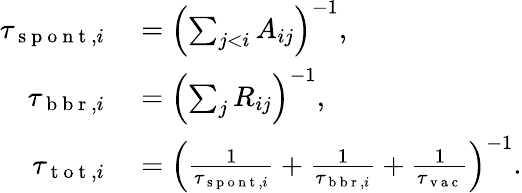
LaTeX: \begin{array}{rl}{\tau_{\mathrm{~s~p~o~n~t~},i}}&{{}=\left(\sum_{j<i}A_{ij}\right)^{-1},}\\ {\tau_{\mathrm{~b~b~r~},i}}&{{}=\left(\sum_{j}R_{ij}\right)^{-1},}\\ {\tau_{\mathrm{~t~o~t~},i}}&{{}=\left(\frac{1}{\tau_{\mathrm{~s~p~o~n~t~},i}}+\frac{1}{\tau_{\mathrm{~b~b~r~},i}}+\frac{1}{\tau_{\mathrm{~v~a~c~}}}\right)^{-1}.}\end{array}